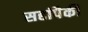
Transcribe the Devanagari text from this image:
सहांपैकी